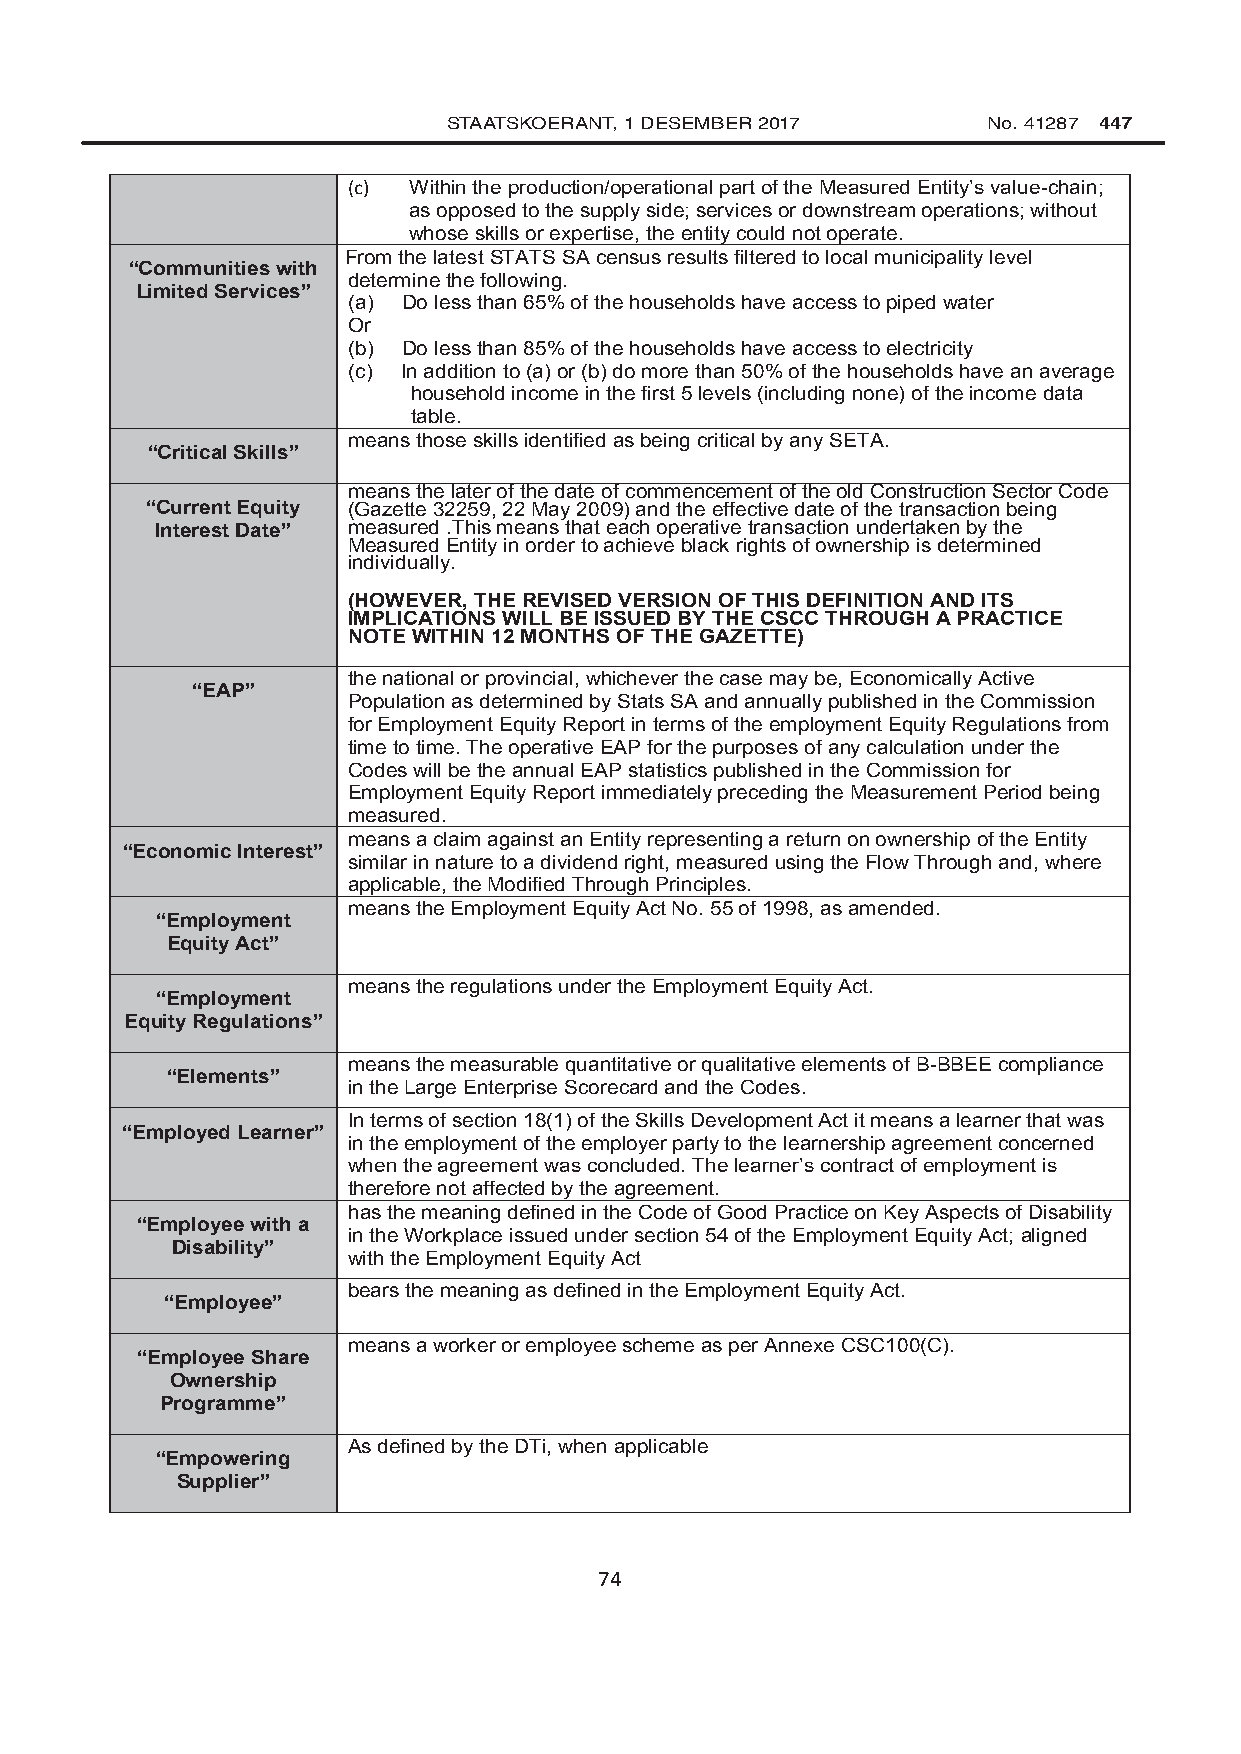
STAATSKOERANT, 1 DESEMBER 2017     No. 41287 447
 (c) Within the production/operational part of the Measured Entity’s value-chain;
 as opposed to the supply side; services or downstream operations; without
 whose skills or expertise, the entity could not operate.
 From the latest STATS SA census results filtered to local municipality level
 “Communities with
 determine the following.
 Limited Services”
 (a) Do less than 65% of the households have access to piped water
 Or
 (b) Do less than 85% of the households have access to electricity
 (c) In addition to (a) or (b) do more than 50% of the households have an average
 household income in the first 5 levels (including none) of the income data
 table.
 means those skills identified as being critical by any SETA.
 “Critical Skills”
 means the later of the date of commencement of the old Construction Sector Code
 “Current Equity (Gazette 32259, 22 May 2009) and the effective date of the transaction being
 Interest Date” measured .This means that each operative transaction undertaken by the
 Measured Entity in order to achieve black rights of ownership is determined
 individually.
 (HOWEVER, THE REVISED VERSION OF THIS DEFINITION AND ITS
 IMPLICATIONS WILL BE ISSUED BY THE CSCC THROUGH A PRACTICE
 NOTE WITHIN 12 MONTHS OF THE GAZETTE)
 the national or provincial, whichever the case may be, Economically Active
 “EAP”
 Population as determined by Stats SA and annually published in the Commission
 for Employment Equity Report in terms of the employment Equity Regulations from
 time to time. The operative EAP for the purposes of any calculation under the
 Codes will be the annual EAP statistics published in the Commission for
 Employment Equity Report immediately preceding the Measurement Period being
 measured.
 means a claim against an Entity representing a return on ownership of the Entity
 “Economic Interest”
 similar in nature to a dividend right, measured using the Flow Through and, where
 applicable, the Modified Through Principles.
 means the Employment Equity Act No. 55 of 1998, as amended.
 “Employment
 Equity Act”
 means the regulations under the Employment Equity Act.
 “Employment
 Equity Regulations”
 means the measurable quantitative or qualitative elements of B-BBEE compliance
 “Elements”
 in the Large Enterprise Scorecard and the Codes.
 In terms of section 18(1) of the Skills Development Act it means a learner that was
 “Employed Learner”
 in the employment of the employer party to the learnership agreement concerned
 when the agreement was concluded. The learner’s contract of employment is
 therefore not affected by the agreement.
 has the meaning defined in the Code of Good Practice on Key Aspects of Disability
 “Employee with a
 in the Workplace issued under section 54 of the Employment Equity Act; aligned
 Disability”
 with the Employment Equity Act
 bears the meaning as defined in the Employment Equity Act.
 “Employee”
 means a worker or employee scheme as per Annexe CSC100(C).
 “Employee Share
 Ownership
 Programme”
 As defined by the DTi, when applicable
 “Empowering
 Supplier”
 74